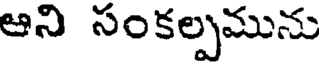
ఆని సంకల్పమును